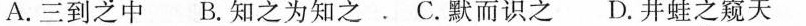
A.三到之中 B.知之为知之C.默而识之D.井蛙之窥天